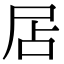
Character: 𡱇